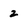
Character: 2